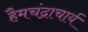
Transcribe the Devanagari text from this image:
हैमचंद्राचार्य